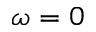
\omega = 0